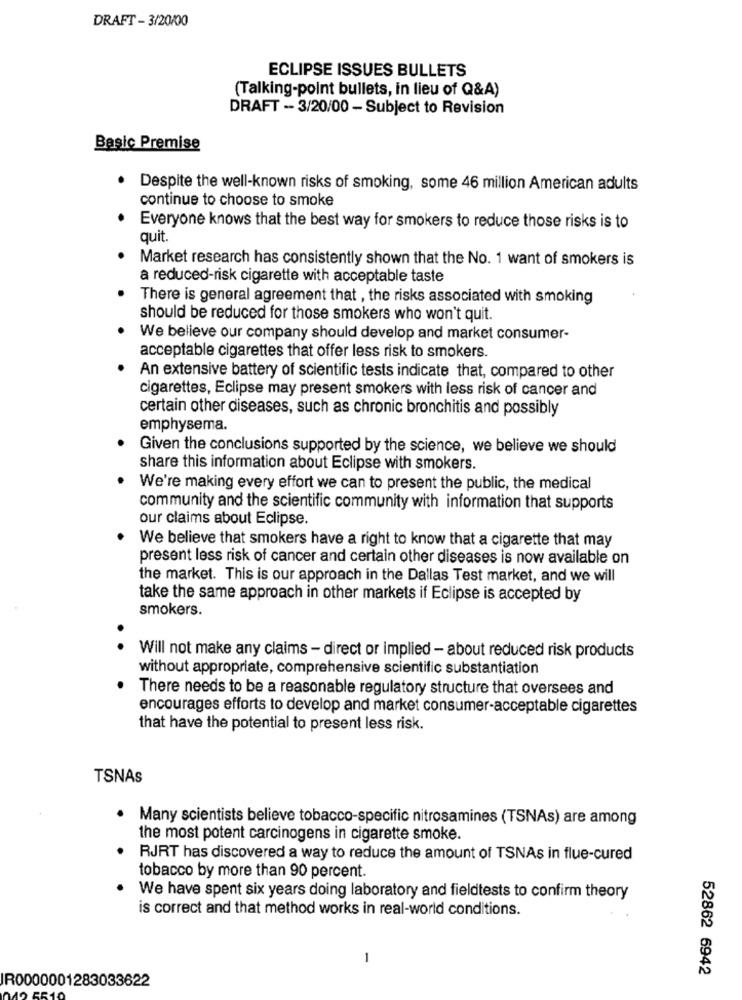
DRAFT - 3/20/00
ECLIPSE ISSUES BULLETS
(Talking-point bullets, in lieu of Q&A)
DRAFT -- 3/20/00 - Subject to Revision
Basic Premise
Despite the well-known risks of smoking, some 46 million American adults
continue to choose to smoke
Everyone knows that the best way for smokers to reduce those risks is to
quit.
Market research has consistently shown that the No. 1 want of smokers is
a reduced-risk cigarette with acceptable taste
There is general agreement that , the risks associated with smoking
should be reduced for those smokers who won't quit.
We believe our company should develop and market consumer-
acceptable cigarettes that offer less risk to smokers.
An extensive battery of scientific tests indicate that, compared to other
cigarettes, Eclipse may present smokers with less risk of cancer and
certain other diseases, such as chronic bronchitis and possibly
emphysema.
Given the conclusions supported by the science, we believe we should
share this information about Eclipse with smokers.
We're making every effort we can to present the public, the medical
community and the scientific community with information that supports
our claims about Eclipse.
We believe that smokers have a right to know that a cigarette that may
present less risk of cancer and certain other diseases is now available on
the market. This is our approach in the Dallas Test market, and we will
take the same approach in other markets if Eclipse is accepted by
smokers.
.
Will not make any claims - direct or implied - about reduced risk products
without appropriate, comprehensive scientific substantiation
There needs to be a reasonable regulatory structure that oversees and
encourages efforts to develop and market consumer-acceptable cigarettes
that have the potential to present less risk.
TSNAs
Many scientists believe tobacco-specific nitrosamines (TSNAs) are among
the most potent carcinogens in cigarette smoke.
RJRT has discovered a way to reduce the amount of TSNAs in flue-cured
tobacco by more than 90 percent.
We have spent six years doing laboratory and fieldtests to confirm theory
is correct and that method works in real-world conditions.
52862 6942
IR0000001283033622